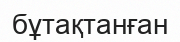
бұтақтанған